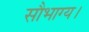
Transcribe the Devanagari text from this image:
सौभाग्य।